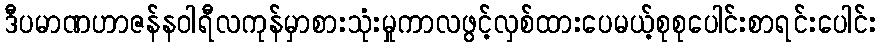
ဒီပမာဏဟာဇန်နဝါရီလကုန်မှာစားသုံးမှုကာလဖွင့်လှစ်ထားပေမယ့်စုစုပေါင်းစာရင်းပေါင်း